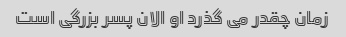
زمان چقدر می گذرد او الان پسر بزرگی است